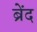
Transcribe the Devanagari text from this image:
ब्रेंद